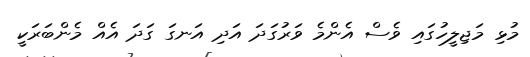
މުޅި މަޖިލީހުގައި ވެސް އެންމެ ވަރުގަދަ އަދި އަނގަ ގަދަ އެއް މެންބަރަކީ